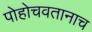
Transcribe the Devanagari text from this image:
पोहोचवतानाच